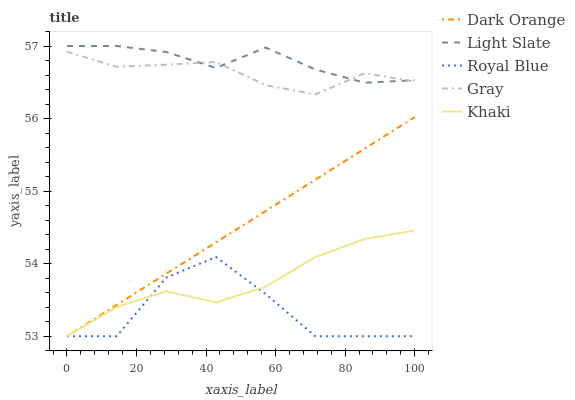
| xaxis_label | Dark Orange | Light Slate | Royal Blue | Gray | Khaki |
 | --- | --- | --- | --- | --- | --- |
 | 0 | 53 | 57 | 53 | 56.9 | 53 |
 | 14.3 | 53.4 | 57 | 53 | 56.7 | 53.4 |
 | 28.6 | 53.9 | 56.9 | 53.8 | 56.7 | 53.6 |
 | 42.9 | 54.3 | 56.7 | 54.1 | 56.8 | 53.5 |
 | 57.1 | 54.7 | 57 | 53.6 | 56.5 | 53.7 |
 | 71.4 | 55.2 | 56.7 | 53 | 56.3 | 54.1 |
 | 85.7 | 55.6 | 56.5 | 53 | 56.6 | 54.3 |
 | 100 | 56 | 56.5 | 53 | 56.5 | 54.5 |